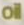
oil